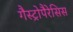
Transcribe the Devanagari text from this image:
गैस्ट्रोपैरेसिस